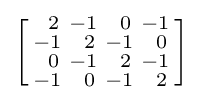
\left[{\begin{smallmatrix}\ \,2&-1&\ \,0&-1\\-1&\ \,2&-1&\ \,0\\\ \,0&-1&\ \,2&-1\\-1&\ \,0&-1&\ \,2\end{smallmatrix}}\right]